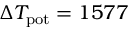
\Delta T _ { \mathrm { p o t } } = 1 5 7 7